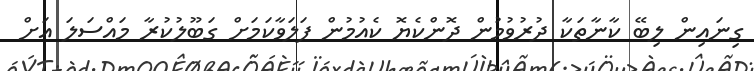
ގިނައިން ލިބޭ ކާނާތަކާ ދުރުވުމުން ދޮންކެޔޮ ކެއުމުން ފަލަވާކަމަށް ގަބޫލުކުރާ މައްސަލަ އަށް